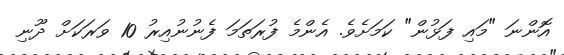
އޮންނަ "މައި ފަޅުން" ކަމަށެވެ. އެންމެ ފުރަތަމަ ފެނުނުއިރު 10 ވަރަކަށް ދޫނި